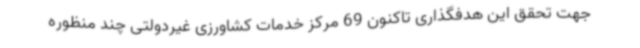
جهت تحقق این هدفگذاری تاکنون 69 مرکز خدمات کشاورزی غیردولتی چند منظوره